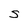
Character: S